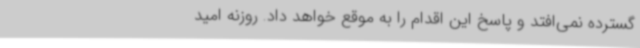
گسترده نمی‌افتد و پاسخ این اقدام را به موقع خواهد داد. روزنه امید